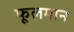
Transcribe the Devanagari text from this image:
फूलमान